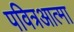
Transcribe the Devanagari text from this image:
पवित्रआत्मा